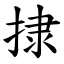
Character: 捸